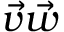
{ \vec { v } } { \vec { w } }